Report on sanitation, dispensaries, and jails in Rajputana for 1917, and on vaccination for the year 1917-1918 - 1917-1918
Year: 1917
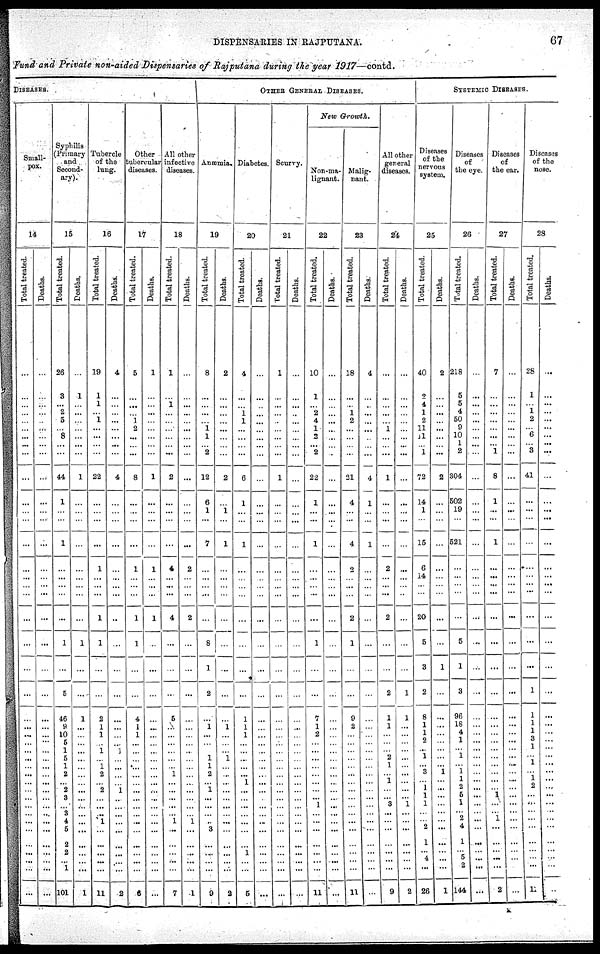
DISPENSARIES IN RAJPUTANA.
67
Fund and Private non-aided Dispensaries of Rajputana during the year 1917—contd.
DISEASES.
Small-
pox.
14
Total treated.
...
...
...
...
...
...
...
...
...
...
...
...
...
...
...
...
...
...
...
...
...
...
...
...
...
...
... ...
...
...
...
...
...
...
...
...
...
...
...
...
...
...
Deaths.
...
...
...
...
...
...
...
...
...
...
...
...
...
...
...
...
...
...
...
...
...
...
...
...
...
...
... ...
...
...
...
...
...
...
...
...
...
...
...
... ...
...
Syphilis
(Primary
and
Second-
ary).
15
Total treated.
26
3
... 2
5
...
8
...
...
44
1
...
...
1
...
...
...
...
...
1
...
5
46
9
10
5
1
5
1
2
...
2
3
...
3
4
5
2
2
...
1
101
Deaths.
...
1
...
...
...
...
...
...
...
1
...
...
...
...
...
...
...
...
...
1
...
...
1
...
...
...
...
...
...
...
...
...
...
...
...
...
...
...
...
...
...
1
Tubercle
of the
lung.
16
Total treated.
19
1
1
...
1
...
...
...
...
22
...
...
...
...
1
...
...
...
1
1
...
...
2
1
1
...
1
...
1
2
...
2
...
...
...
1
...
...
...
...
...
11
Deaths.
4
...
...
...
...
...
...
...
...
4
...
...
...
...
...
...
...
...
..
...
...
...
...
...
...
...
1
...
...
...
...
1
...
...
...
...
...
...
...
...
...
2
Other
tubercular
diseases.
17
Total treated.
5
...
...
...
1
2
...
...
...
8
...
...
...
...
1
...
...
...
1
1
...
...
4
1
1
...
...
...
...
...
...
...
...
...
...
...
...
...
...
...
...
6
Deaths.
1
...
...
...
...
...
...
...
...
1
...
...
...
...
1
...
...
...
1
...
...
...
...
...
...
...
...
...
...
...
...
...
...
...
...
...
...
...
...
...
...
...
All other
infective
diseases .
18
Total treated.
1
...
1
...
...
...
...
...
...
2
...
...
...
...
4
...
...
...
4
...
...
...
5
...
...
...
...
...
...
1
...
...
...
...
...
1
...
...
...
...
...
7
Deaths.
...
...
...
...
...
...
...
...
...
...
...
...
...
...
2
...
...
...
2
...
...
...
...
...
...
...
...
...
...
...
...
...
...
...
...
1
...
...
...
...
...
1
OTHER GENERAL DISEASES.
Anæmia.
19
Total treated.
8
...
...
...
...
1
1
... 2
12
6
1
...
7
...
...
...
...
...
8
1
2
...
1
...
...
...
1
1
2
...
1
...
...
...
...
3
...
...
...
...
9
Deaths.
2
...
...
...
...
...
...
...
...
2
...
1
...
1
...
...
...
...
...
...
...
...
...
1
...
...
...
1
...
...
...
...
...
...
...
...
...
...
...
...
...
2
Diabetes
20
Total treated
4
...
...
1
1
...
...
...
...
6
1
...
...
1
...
...
...
...
...
...
...
...
1
1
1
...
...
...
...
...
1
...
...
...
...
...
...
...
1
...
...
5
Deaths.
...
...
...
...
...
...
...
...
...
...
...
...
...
...
...
...
...
...
...
...
...
...
...
...
...
...
...
...
...
...
...
...
...
...
...
...
...
...
...
...
...
...
Scurvy.
21
Total treated.
1
...
...
...
...
...
...
...
...
1
...
...
...
...
...
...
...
...
...
...
...
...
...
...
...
...
...
...
...
...
...
...
...
...
...
...
...
...
...
...
...
...
Deaths.
...
...
...
...
...
...
...
...
...
...
...
...
...
...
...
...
...
...
...
...
...
...
...
...
...
...
...
...
...
...
...
...
...
...
...
...
...
...
...
...
...
...
New
Growth.
Non-ma¬
lignant.
22
Total treated.
10
1
...
2
4
1
2
... 2
22
1
...
...
1
...
...
...
...
...
1
...
...
7
1
2
...
...
...
...
...
...
...
...
1
...
...
...
...
...
...
...
11
Deaths.
...
...
...
...
...
...
...
...
...
...
...
...
...
...
...
...
...
...
...
...
...
...
...
...
...
...
...
...
...
...
...
...
...
...
...
...
...
...
...
...
...
...
Malig¬
nant.
23
Total treated.
18
...
...
1
2
...
...
...
...
21
4
...
...
4
2
...
...
...
2
1
...
...
9
2
...
...
...
...
...
...
...
...
...
...
...
...
...
...
...
...
...
11
Deaths.
4
...
...
...
...
...
...
...
...
4
1
...
...
1
...
...
...
...
...
...
...
...
...
...
...
...
...
...
...
...
...
...
...
...
...
...
...
...
...
...
...
...
All other
general
diseases.
24
Total treated.
...
...
...
...
...
1
...
...
...
1
...
...
...
...
2
...
...
...
2
...
...
2
1
1
...
...
... 2
1
...
1
...
...
3
...
...
...
...
...
...
...
9
Deaths.
...
...
...
...
...
...
...
...
...
...
...
...
...
...
...
...
...
...
...
...
...
1
1
...
...
...
...
...
...
...
...
...
...
1
...
...
...
...
...
...
...
2
SYSTEMIC DISEASES.
Diseases
of the
nervous
system.
25
Total treated
40
2
4
1
2
11
11
... 1
72
14
1
...
15
6
14
...
...
20
5
3
2
8
1
1
2
... 1
... 3
...
1
1
1
...
... 2
1
...
4
...
26
Deaths.
2
...
...
...
...
...
...
...
...
2
...
...
...
...
...
...
...
...
...
...
1
...
...
...
...
...
...
...
...
1
...
...
...
...
...
...
...
...
...
...
...
1
Diseases
of
the eye
26
Total treated.
218
5
5
4
50
9
10
1 2
304
502
19
...
521
...
...
...
...
...
5
1
3
96
18
4
1
... 1
... 1
1
2
5
1
...
... 4
1
...
5
2
144
Deaths.
...
...
...
...
...
...
...
...
...
...
...
...
...
...
...
...
...
...
...
...
...
...
...
...
...
...
...
...
...
...
...
...
...
...
...
...
...
...
...
...
...
...
Diseases
of
the ear.
27
Total treated.
7
...
...
...
...
...
...
... 1
8
1
...
...
1
...
...
...
...
...
...
...
...
...
...
...
...
...
...
...
...
...
...
1
...
...
1
...
...
...
...
...
2
Deaths.
...
...
...
...
...
...
...
...
...
...
...
...
...
...
...
...
...
...
...
...
...
...
...
...
...
...
...
...
...
...
...
...
...
...
...
...
...
...
...
...
...
...
Diseases
of the
nose.
28
Total treated.
28
1
... 1
2
...
6
... 3
41
...
...
...
...
...
...
...
...
...
...
...
1
1
1
1
3
...
...
...
... 1
2
...
...
...
...
...
...
...
...
...
1
Deaths.
...
...
...
...
...
...
...
...
...
...
...
...
...
...
...
...
...
...
...
...
...
...
...
...
...
...
...
...
...
...
...
...
...
...
...
...
...
...
...
...
...